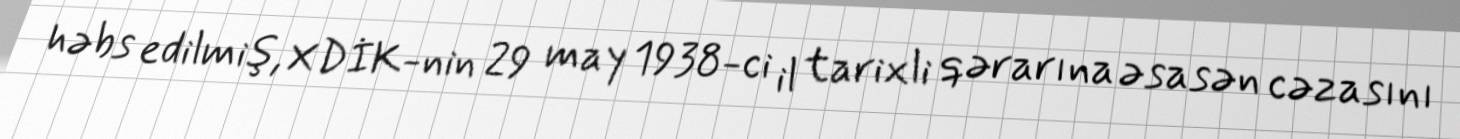
həbs edilmiş, XDİK-nin 29 may 1938-ci il tarixli qərarına əsasən cəzasını